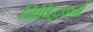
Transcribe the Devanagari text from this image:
निषिद्धकर्म